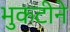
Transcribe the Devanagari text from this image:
भुकटीने